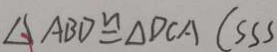
\Delta A B D \cong \Delta D C A ( S S S